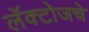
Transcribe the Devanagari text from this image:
लॅक्टोजचे